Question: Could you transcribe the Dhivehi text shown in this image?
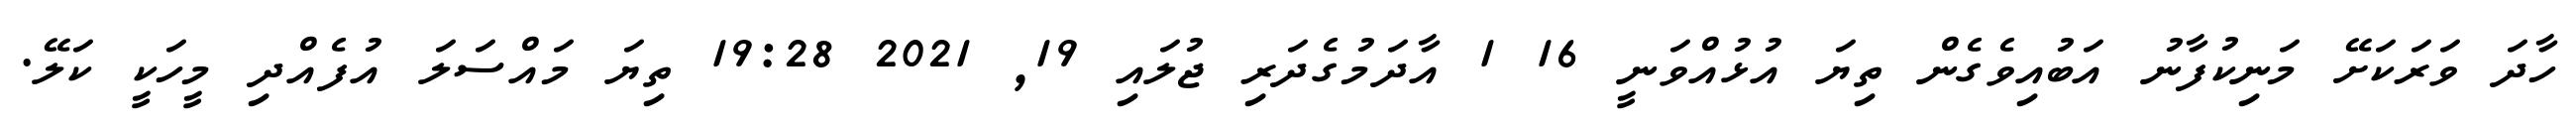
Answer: ހާދަ ވަރަކަށޭ މަނިކުފާނު އަބުއިވެގެން ތިޔަ އުޅުއްވަނީ 16 1 އާދަމުގެދަރި ޖުލައި 19, 2021 19:28 ތިޔަ މައްސަލަ އުފެއްދި މީހަކީ ކަލޭ.